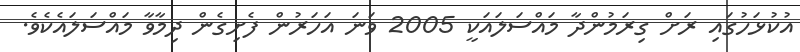
އުކުޅަހުގައި ރަށް ގިރަމުންދާ މައްސަލައަކީ 2005 ވަނަ އަހަރުން ފެށިގެން ދިމާވާ މައްސަލައެކެވެ.